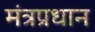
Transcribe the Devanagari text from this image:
मंत्रप्रधान